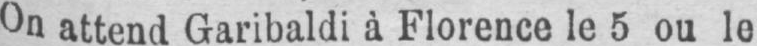
On attend Garibaldi à Florence le 5 ou le